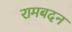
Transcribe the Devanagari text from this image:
रामबदन